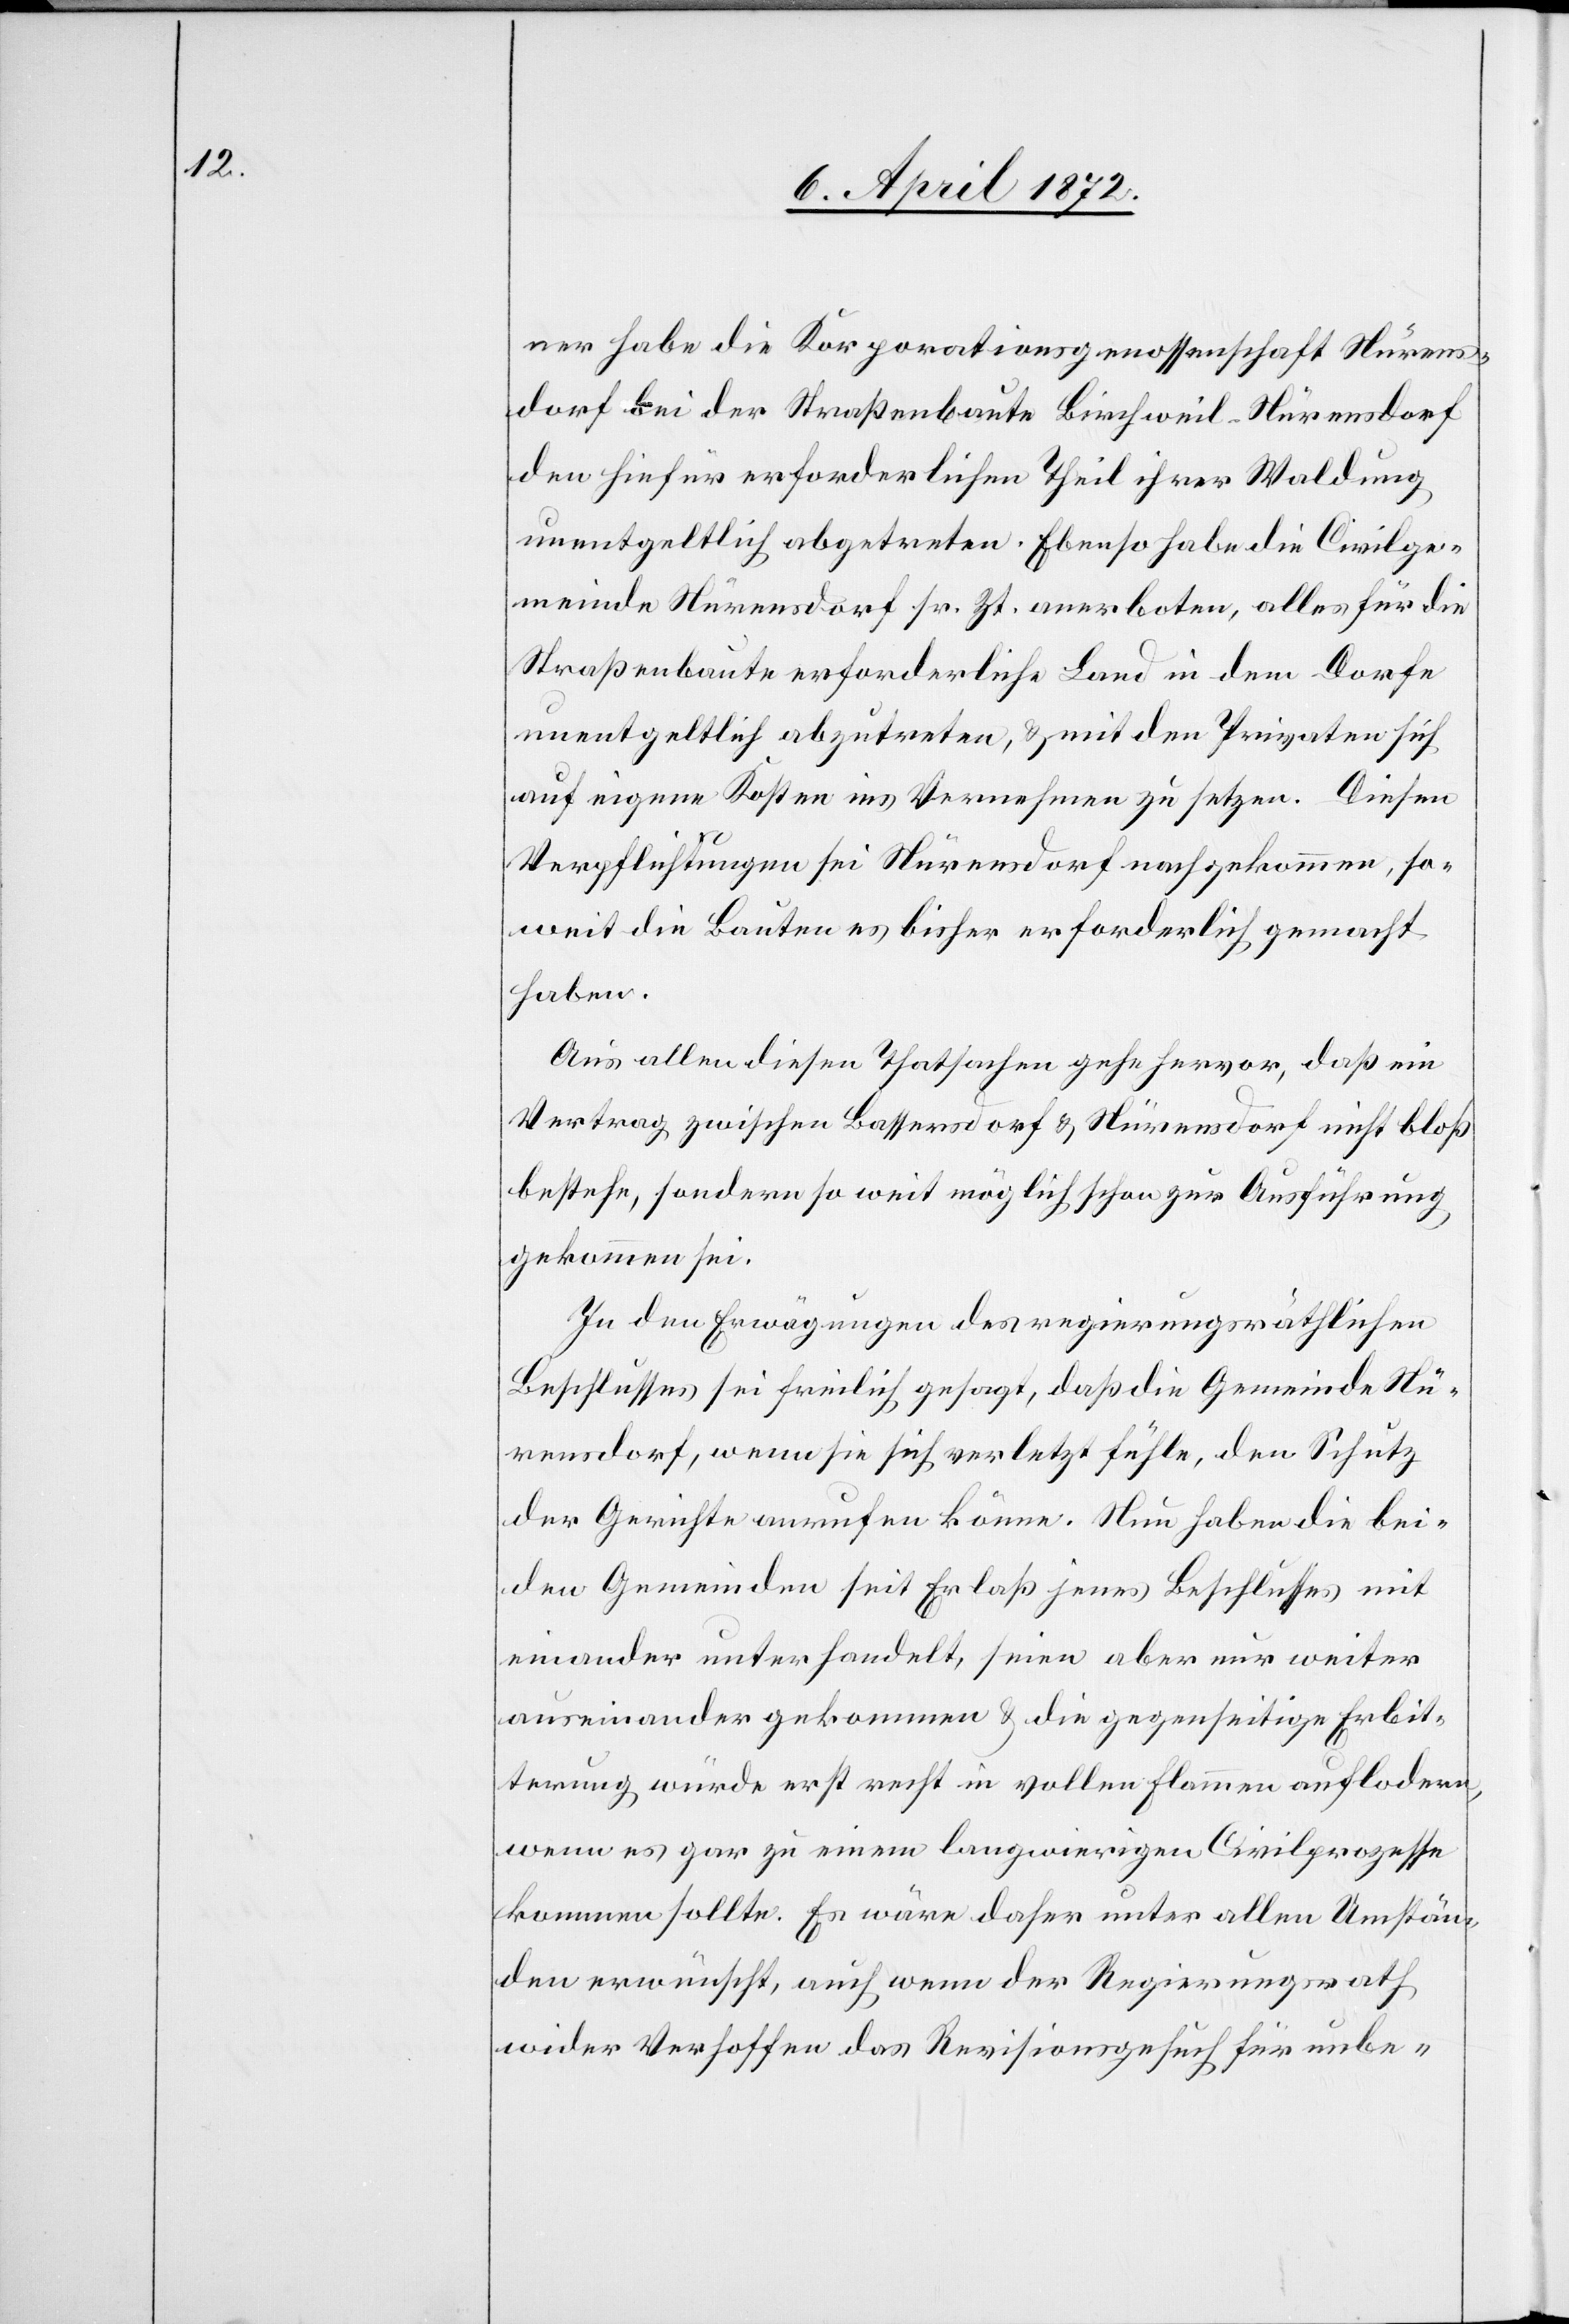
ner habe die Korporationsgenossenschaft Nürens¬
dorf bei der Straßenbaute Birchweil–Nürensdorf
den hiefür erforderlichen Theil ihrer Waldung
unentgeltlich abgetreten. Ebenso habe die Civilge¬
meinde Nürensdorf sr. Zt. anerboten, alles für die
Straßenbaute erforderliche Land in dem Dorfe
unentgeltlich abzutreten, u. mit den Privaten sich
auf eigene Kosten ins Vernehmen zu setzen. Diesen
Verpflichtungen sei Nürensdorf nachgekommen, so¬
weit die Bauten es bisher erforderlich gemacht
haben.
Aus allen diese Thatsachen gehe hervor, daß ein
Vertrag zwischen Bassersdorf u. Nürensdorf nicht bloß
bestehe, sondern so weit möglich schon zur Ausführung
gekommen sei.
In den Erwägungen des regierungsräthlichen
Beschlusses sei freilich gesagt, daß die Gemeinde Nü¬
rensdorf, wenn sie sich verletzt fühle, den Schutz
der Gerichte anrufen könne. Nun haben die bei¬
den Gemeinde seit Erlaß jenes Beschlusses mit
einander unterhandelt, seien aber nur weiter
auseinander gekommen u. die gegenseitige Erbit¬
terung würde erst recht in vollen Flammen auflodern,
wenn es gar zu einem langwierigen Civilprozesse
kommen sollte. Es wäre daher unter allen Umstän¬
den erwünscht, auch wenn der Regierungsrath
wider Verhoffen das Revisionsgesuch für unbe-